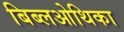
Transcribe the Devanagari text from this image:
बिब्लओथिका